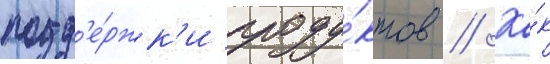
подд'е́ржк'и проду́ктов // Ка́к